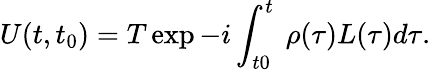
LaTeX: U(t,t_{0})=T\exp-i\int_{t0}^{t}\ \rho(\tau)L(\tau)d\tau.